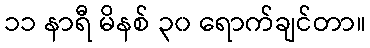
၁၁ နာရီ မိနစ် ၃၀ ရောက်ချင်တာ။